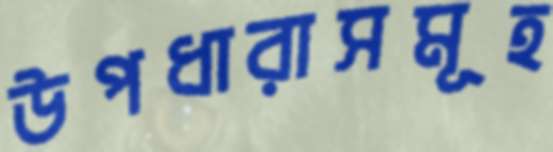
উপধারাসমূহ